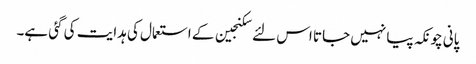
پانی چونکہ پیا نہیں جاتا اس لئے سکنجین کے استعمال کی ہدایت کی گئی ہے۔